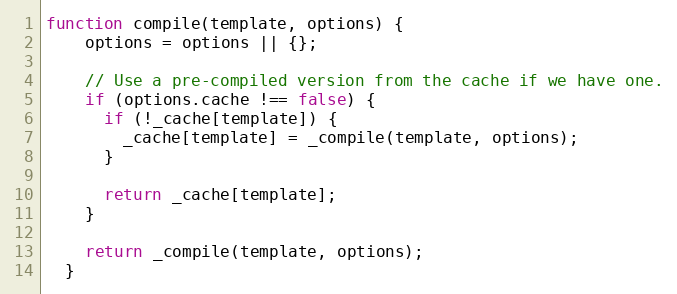
Language: JavaScript
function compile(template, options) {
    options = options || {};

    // Use a pre-compiled version from the cache if we have one.
    if (options.cache !== false) {
      if (!_cache[template]) {
        _cache[template] = _compile(template, options);
      }

      return _cache[template];
    }

    return _compile(template, options);
  }